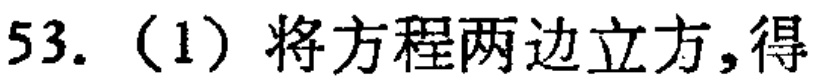
53. (1) 将方程两边立方,得